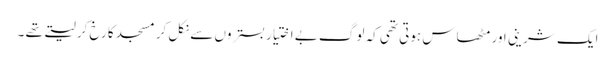
ایک شرینی اور مٹھاس ہوتی تھی کہ لوگ بے اختیار بستروں سے نکل کر مسجد کا رخ کر لیتے تھے ۔